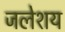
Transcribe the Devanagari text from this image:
जलेशय